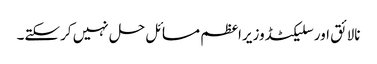
نالائق اورسلیکٹڈوزیراعظم مسائل حل نہیں کرسکتے۔